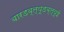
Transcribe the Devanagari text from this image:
बारडब्ल्यूडब्ल्यूई